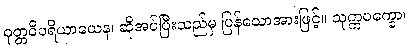
ဝုတ္တဝိပရိယာယေန၊ ဆိုအပ်ပြီးသည်မှ ပြန်သောအားဖြင့်။ သုက္ကပက္ခော၊